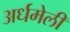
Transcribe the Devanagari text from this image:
अर्धमेली